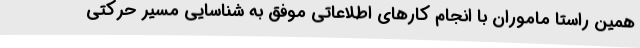
همین راستا ماموران با انجام کارهای اطلاعاتی موفق به شناسایی مسیر حرکتی